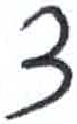
אות: צ